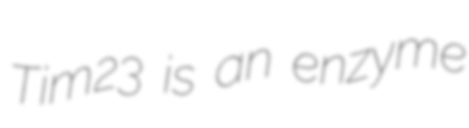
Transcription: Tim23 is an enzyme